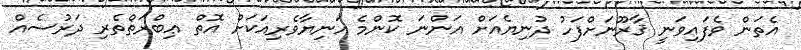
އެތަން ވެފައިވަނީ ޤާރޫނަށްފަހު ދުނިޔެއަށް އަންނަ ކޮންމެ އަނިޔާވެރިއަކަށް އޮތް ޢިބްރަތްތެރި ދަރުސެއް